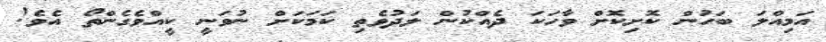
އަމިއްލަ ބަހުން ކޮށިކޮށް ވާހަކަ ދެއްކުން ލަދުވެތި ކަމަކަށް ނުވަނީ ކީއްވެގެންތޯ އެވެ!